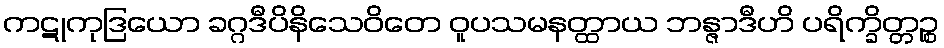
ကဋုကုဒြယော ခဂ္ဂဒီပိနိသေဝိတေ ဝူပသမနတ္ထာယ ဘန္ဇာဒီဟိ ပရိက္ခိတ္တဉ္စ